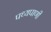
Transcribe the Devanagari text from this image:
पथ्यपाणी